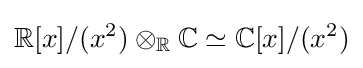
\mathbb {R} [x]/(x^{2})\otimes _{\mathbb {R} }\mathbb {C} \simeq \mathbb {C} [x]/(x^{2})